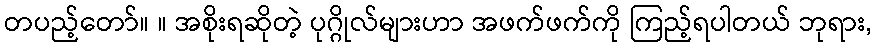
တပည့်တော်။ ။ အစိုးရဆိုတဲ့ ပုဂ္ဂိုလ်များဟာ အဖက်ဖက်ကို ကြည့်ရပါတယ် ဘုရား,